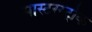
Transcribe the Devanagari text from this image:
मास्टरस्ट्रोक